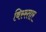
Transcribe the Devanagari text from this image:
विस्स्तार